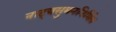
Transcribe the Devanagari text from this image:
नाट्यसुमननिर्मित